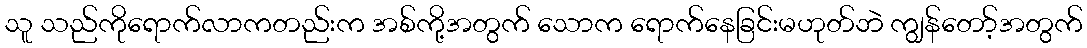
သူ သည်ကိုရောက်လာကတည်းက အစ်ကို့အတွက် သောက ရောက်နေခြင်းမဟုတ်ဘဲ ကျွန်တော့်အတွက်